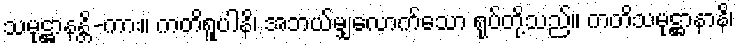
သမုဋ္ဌာနန္တိ-ကား။ ကတိရူပါနိ၊ အဘယ်မျှလောက်သော ရုပ်တို့သည်။ ကတိသမုဋ္ဌာနာနိ၊